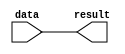
// This program was cloned from: https://github.com/bradgrantham/alice5
// License: Apache License 2.0

// Created by altera_lib_lpm.pl from 220model.v

//START_MODULE_NAME------------------------------------------------------------
//
// Module Name     :  lpm_xor
//
// Description     :  Parameterized XOR gate megafunction. This megafunction takes in
//                    data inputs for a number of XOR gates.
//
// Limitation      :  n/a.
//
// Results expected:  Each result[] bit is the result of each XOR gates.
//
//END_MODULE_NAME--------------------------------------------------------------

// BEGINNING OF MODULE
`timescale 1 ps / 1 ps

// MODULE DECLARATION
/*verilator lint_off CASEX*/
/*verilator lint_off COMBDLY*/
/*verilator lint_off INITIALDLY*/
/*verilator lint_off LITENDIAN*/
/*verilator lint_off MULTIDRIVEN*/
/*verilator lint_off UNOPTFLAT*/
/*verilator lint_off BLKANDNBLK*/
module lpm_xor (
    data,   // Data input to the XOR gates. (Required)
    result  // Result of XOR operators. (Required)
);

// GLOBAL PARAMETER DECLARATION
    // Width of the data[] and result[] ports. Number of XOR gates. (Required)
    parameter lpm_width = 1;
    // Number of inputs to each XOR gate. Number of input buses. (Required)
    parameter lpm_size = 1;
    parameter lpm_type = "lpm_xor";
    parameter lpm_hint  = "UNUSED";

// INPUT PORT DECLARATION
    input  [(lpm_size * lpm_width)-1:0] data;

// OUTPUT PORT DECLARATION
    output [lpm_width-1:0] result;

// INTERNAL REGISTER/SIGNAL DECLARATION
    reg    [lpm_width-1:0] result_tmp;

// LOCAL INTEGER DECLARATION
    integer i;
    integer j;
    integer k;

// INITIAL CONSTRUCT BLOCK
    initial
    begin
        if (lpm_width <= 0)
        begin
            $display("Value of lpm_width parameter must be greater than 0 (ERROR)");
            $display("Time: %0t  Instance: %m", $time);
            $finish;
        end

        if (lpm_size <= 0)
        begin
            $display("Value of lpm_size parameter must be greater than 0 (ERROR)");
            $display("Time: %0t  Instance: %m", $time);
            $finish;
        end
    end

// ALWAYS CONSTRUCT BLOCK
    always @(data)
    begin
        for (i=0; i<lpm_width; i=i+1)
        begin
            result_tmp[i] = 1'b0;
            for (j=0; j<lpm_size; j=j+1)
            begin
                k = (j * lpm_width) + i;
                result_tmp[i] = result_tmp[i] ^ data[k];
            end
        end
    end

// CONTINOUS ASSIGNMENT
    assign result = result_tmp;

endmodule // lpm_xor